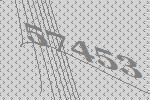
57453